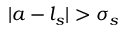
| a - l _ { s } | > \sigma _ { s }